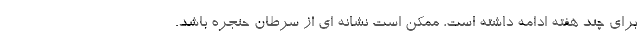
برای چند هفته ادامه داشته است، ممکن است نشانه ای از سرطان حنجره باشد.